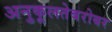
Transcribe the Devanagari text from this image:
अनुकूलतेबरोबर